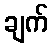
ချက်